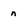
Character: n